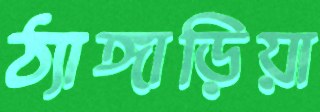
ঠ্যাঙ্গাড়িয়া